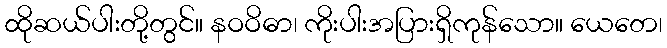
ထိုဆယ်ပါးတို့တွင်။ နဝဝိဓာ၊ ကိုးပါးအပြားရှိကုန်သော။ ယေတေ၊